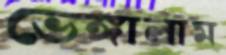
ভেঙ্গালাম